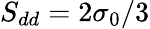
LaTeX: S_{dd}=2\sigma_{0}/3